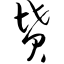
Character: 坟